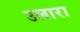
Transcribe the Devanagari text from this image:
उलारा